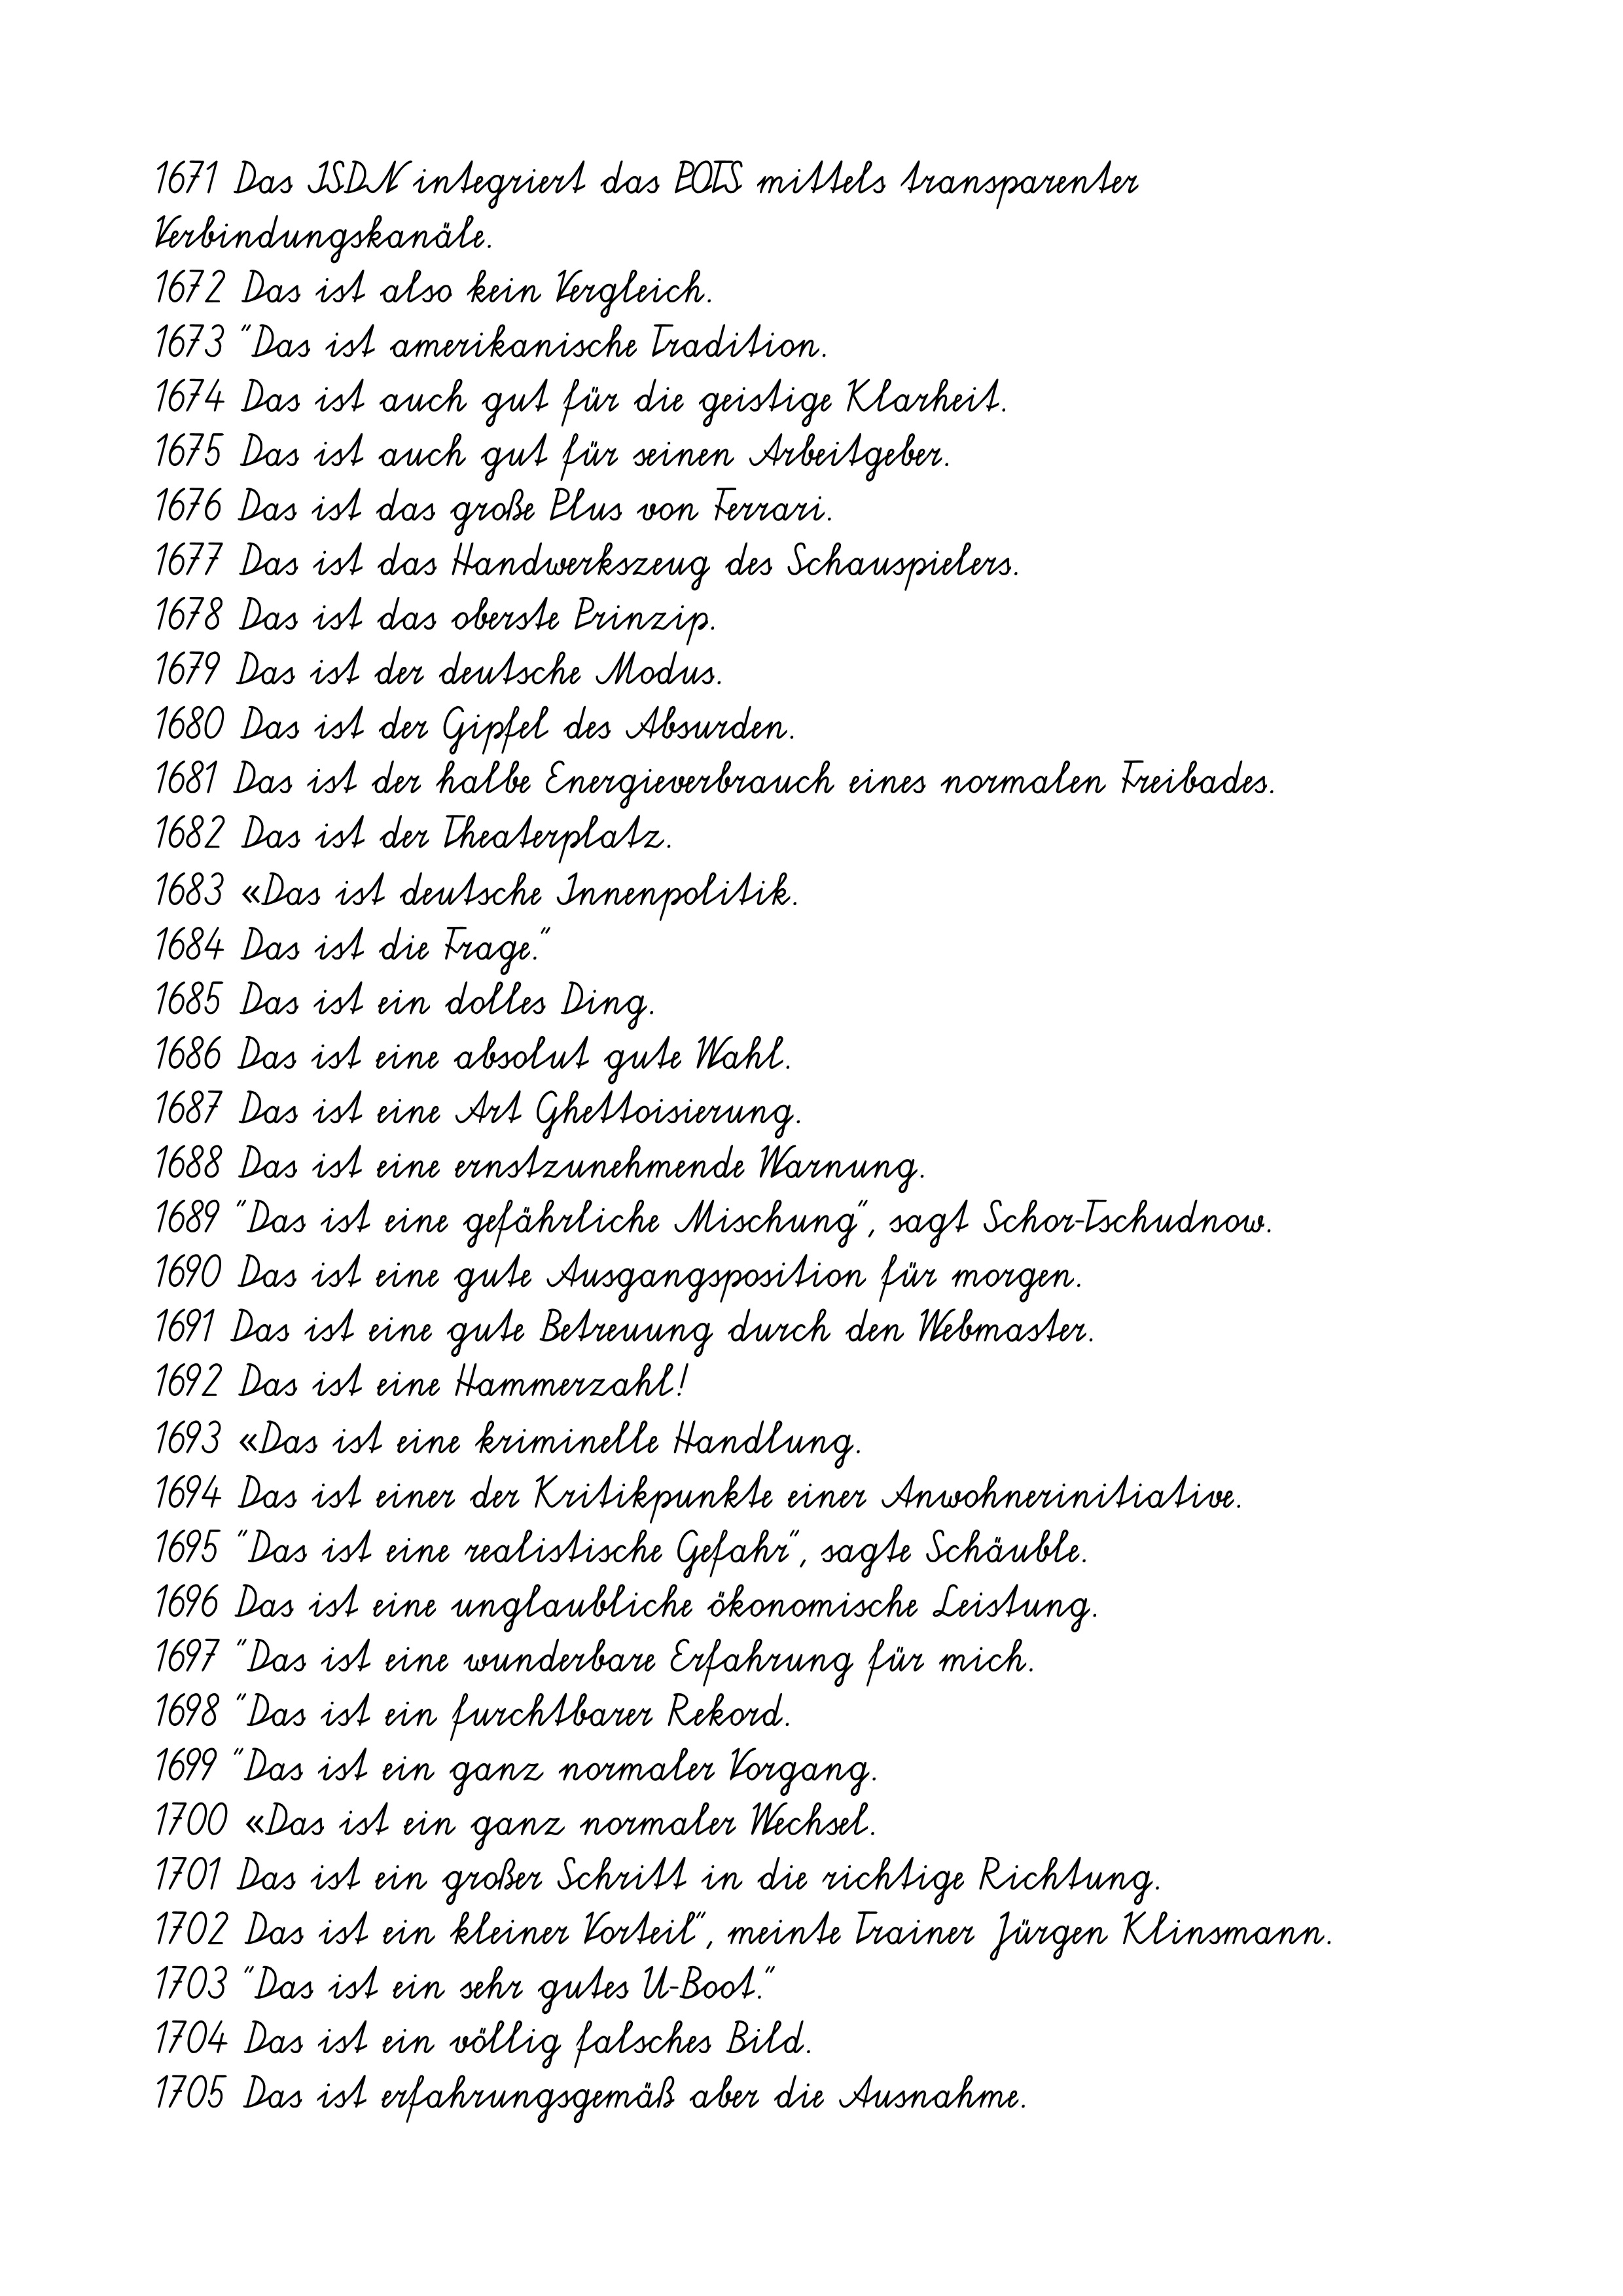
1671 Das ISDN integriert das POTS mittels transparenter
Verbindungskanäle.
1672 Das ist also kein Vergleich.
1673 "Das ist amerikanische Tradition.
1674 Das ist auch gut für die geistige Klarheit.
1675 Das ist auch gut für seinen Arbeitgeber.
1676 Das ist das große Plus von Ferrari.
1677 Das ist das Handwerkszeug des Schauspielers.
1678 Das ist das oberste Prinzip.
1679 Das ist der deutsche Modus.
1680 Das ist der Gipfel des Absurden.
1681 Das ist der halbe Energieverbrauch eines normalen Freibades.
1682 Das ist der Theaterplatz.
1683 «Das ist deutsche Innenpolitik.
1684 Das ist die Frage."
1685 Das ist ein dolles Ding.
1686 Das ist eine absolut gute Wahl.
1687 Das ist eine Art Ghettoisierung.
1688 Das ist eine ernstzunehmende Warnung.
1689 "Das ist eine gefährliche Mischung", sagt Schor-Tschudnow.
1690 Das ist eine gute Ausgangsposition für morgen.
1691 Das ist eine gute Betreuung durch den Webmaster.
1692 Das ist eine Hammerzahl!
1693 «Das ist eine kriminelle Handlung.
1694 Das ist einer der Kritikpunkte einer Anwohnerinitiative.
1695 "Das ist eine realistische Gefahr", sagte Schäuble.
1696 Das ist eine unglaubliche ökonomische Leistung.
1697 "Das ist eine wunderbare Erfahrung für mich.
1698 "Das ist ein furchtbarer Rekord.
1699 "Das ist ein ganz normaler Vorgang.
1700 «Das ist ein ganz normaler Wechsel.
1701 Das ist ein großer Schritt in die richtige Richtung.
1702 Das ist ein kleiner Vorteil", meinte Trainer Jürgen Klinsmann.
1703 "Das ist ein sehr gutes U-Boot."
1704 Das ist ein völlig falsches Bild.
1705 Das ist erfahrungsgemäß aber die Ausnahme.